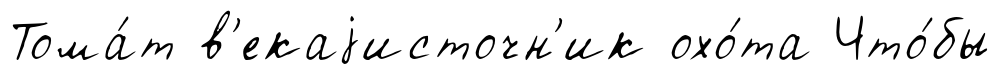
Тома́т в'екаjисточн'ик охо́та Что́бы